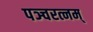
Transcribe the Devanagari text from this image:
पञ्चरत्नम्